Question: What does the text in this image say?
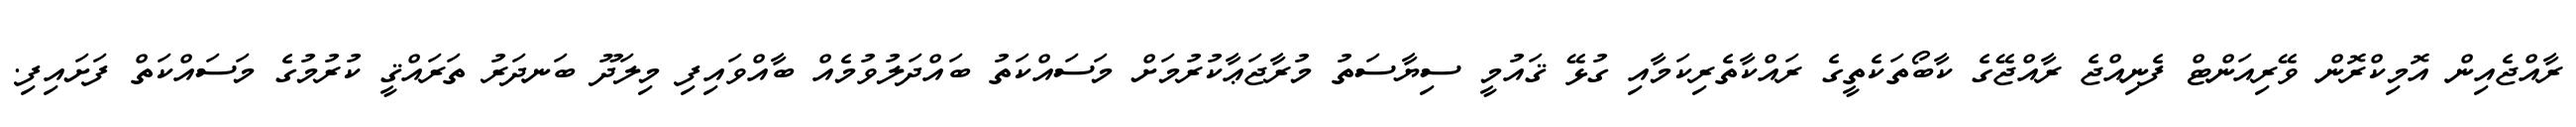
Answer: ރާއްޖެއިން އޮމިކްރޮން ވޭރިއަންޓް ފެނިއްޖެ ރާއްޖޭގެ ކާބޯތަކެތީގެ ރައްކާތެރިކަމާއި ގުޅޭ ޤައުމީ ސިޔާސަތު މުރާޖަޢާކުރުމަށް މަސައްކަތު ބައްދަލުވުމެއް ބާއްވައިފި މިލަދޫ ބަނދަރު ތަރައްޤީ ކުރުމުގެ މަސައްކަތް ފަށައިފި.